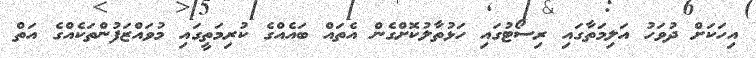
އިހަކަށް ދުވަހު އަލިމަތާގައި ރިސޯޓުގައި ހަޅުތާލުކޮށްގެން އެތައް ބައެއްގެ ކުރިމަތީގައި މުވައްޒަފުންތަކެއްގެ އަތް